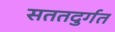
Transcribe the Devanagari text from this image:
सततदुर्गत